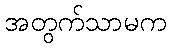
အတွက်သာမက